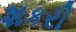
શકરી